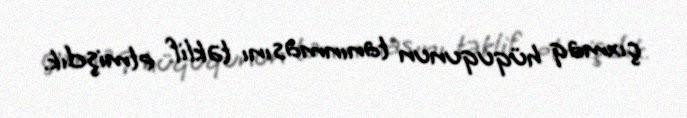
çıxmaq hüququnun tanınmasını təklif etmişdik.